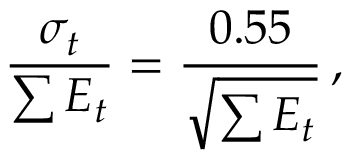
\frac { \sigma _ { t } } { \sum E _ { t } } = \frac { 0 . 5 5 } { \sqrt { \sum E _ { t } } } \, ,